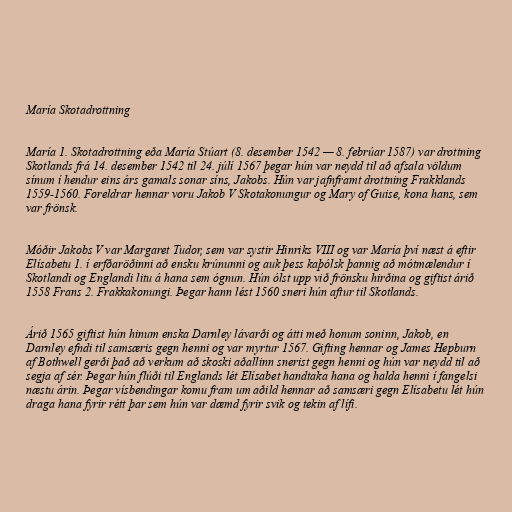
María Skotadrottning

María 1. Skotadrottning eða María Stúart (8. desember 1542 — 8. febrúar 1587) var drottning
Skotlands frá 14. desember 1542 til 24. júlí 1567 þegar hún var neydd til að afsala völdum
sínum í hendur eins árs gamals sonar síns, Jakobs. Hún var jafnframt drottning Frakklands
1559-1560. Foreldrar hennar voru Jakob V Skotakonungur og Mary of Guise, kona hans, sem
var frönsk.

Móðir Jakobs V var Margaret Tudor, sem var systir Hinriks VIII og var María því næst á eftir
Elísabetu 1. í erfðaröðinni að ensku krúnunni og auk þess kaþólsk þannig að mótmælendur í
Skotlandi og Englandi litu á hana sem ógnun. Hún ólst upp við frönsku hirðina og giftist árið
1558 Frans 2. Frakkakonungi. Þegar hann lést 1560 sneri hún aftur til Skotlands.

Árið 1565 giftist hún hinum enska Darnley lávarði og átti með honum soninn, Jakob, en
Darnley efndi til samsæris gegn henni og var myrtur 1567. Gifting hennar og James Hepburn
af Bothwell gerði það að verkum að skoski aðallinn snerist gegn henni og hún var neydd til að
segja af sér. Þegar hún flúði til Englands lét Elísabet handtaka hana og halda henni í fangelsi
næstu árin. Þegar vísbendingar komu fram um aðild hennar að samsæri gegn Elísabetu lét hún
draga hana fyrir rétt þar sem hún var dæmd fyrir svik og tekin af lífi.